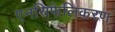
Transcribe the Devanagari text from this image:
एनसिफेलिकरण